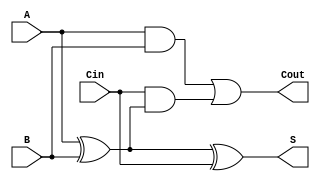
module async_full_adder (
    input wire A,    // First binary input
    input wire B,    // Second binary input
    input wire Cin,  // Carry-in input
    output wire S,   // Sum output
    output wire Cout // Carry-out output
);

// Internal signals for intermediate calculations
wire AB;          // A AND B
wire A_xor_B;    // A XOR B

// Calculate A XOR B
assign A_xor_B = A ^ B;

// Calculate Sum (S)
assign S = A_xor_B ^ Cin;

// Calculate Carry-out (Cout)
assign AB = A & B; // A AND B
assign Cout = AB | (Cin & A_xor_B); // Cout = (A AND B) OR (Cin AND (A XOR B))

endmodule